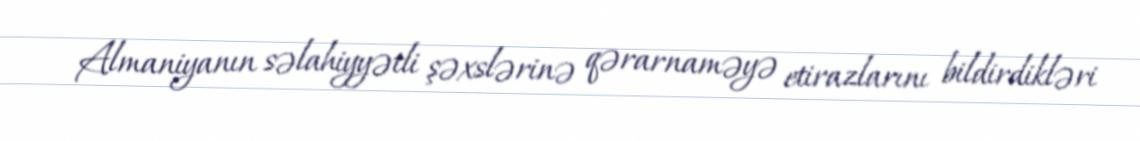
Almaniyanın səlahiyyətli şəxslərinə qərarnaməyə etirazlarını bildirdikləri